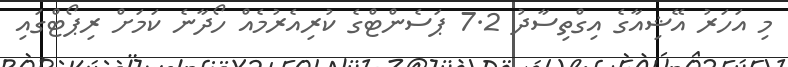
މި އަހަރު އޭޝިއާގެ އިގްތިސާދު 7.2 ޕަސެންޓްގެ ކުރިއެރުމެއް ހޯދާނެ ކަމަށް ރިޕޯޓްގައި